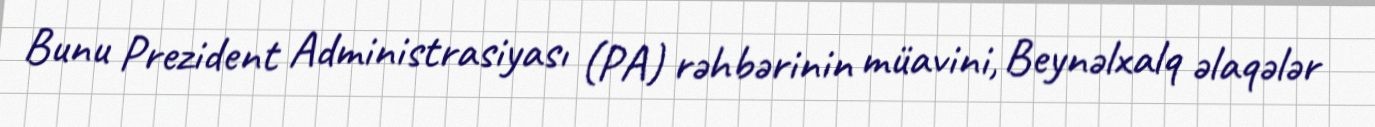
Bunu Prezident Administrasiyası (PA) rəhbərinin müavini, Beynəlxalq əlaqələr